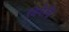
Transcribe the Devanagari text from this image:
विवेकि